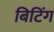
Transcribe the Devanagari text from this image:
बिटिंग